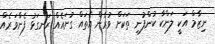
ނިޒާމް އަކީ ލަންކާ ކުންފުނި ތަކަށް ވުރެން އެތައް ގުނައެއް ރަނގަޅު ފެންވަރެއްް